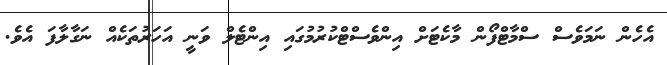
އެހެން ނަމަވެސް ސްމާޓްފޯން މާކެޓަށް އިންވެސްޓްކުރުމުގައި އިންޓެލް ވަނީ އަހަރުތަކެއް ނަގާލާފަ އެވެ.